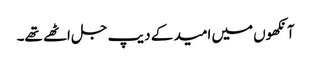
آنکھوں میں امید کے دیپ جل اٹھے تھے۔